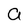
Character: a